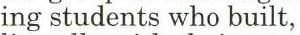
ing students who built,